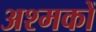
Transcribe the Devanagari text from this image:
अश्मकों